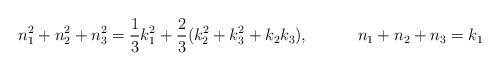
LaTeX: \begin{align*}n_1^2 + n_2^2 +n_3^2 = {1\over 3} k_1^2 + {2\over 3} (k_2^2 +k_3^2 + k_2 k_3), \qquad \quad n_1 + n_2 + n_3 = k_1\end{align*}